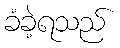
ခံခဲ့ရသည်